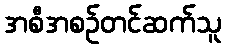
အစီအစဉ်တင်ဆက်သူ